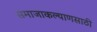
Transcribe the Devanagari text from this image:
समाजाकल्याणसाठी